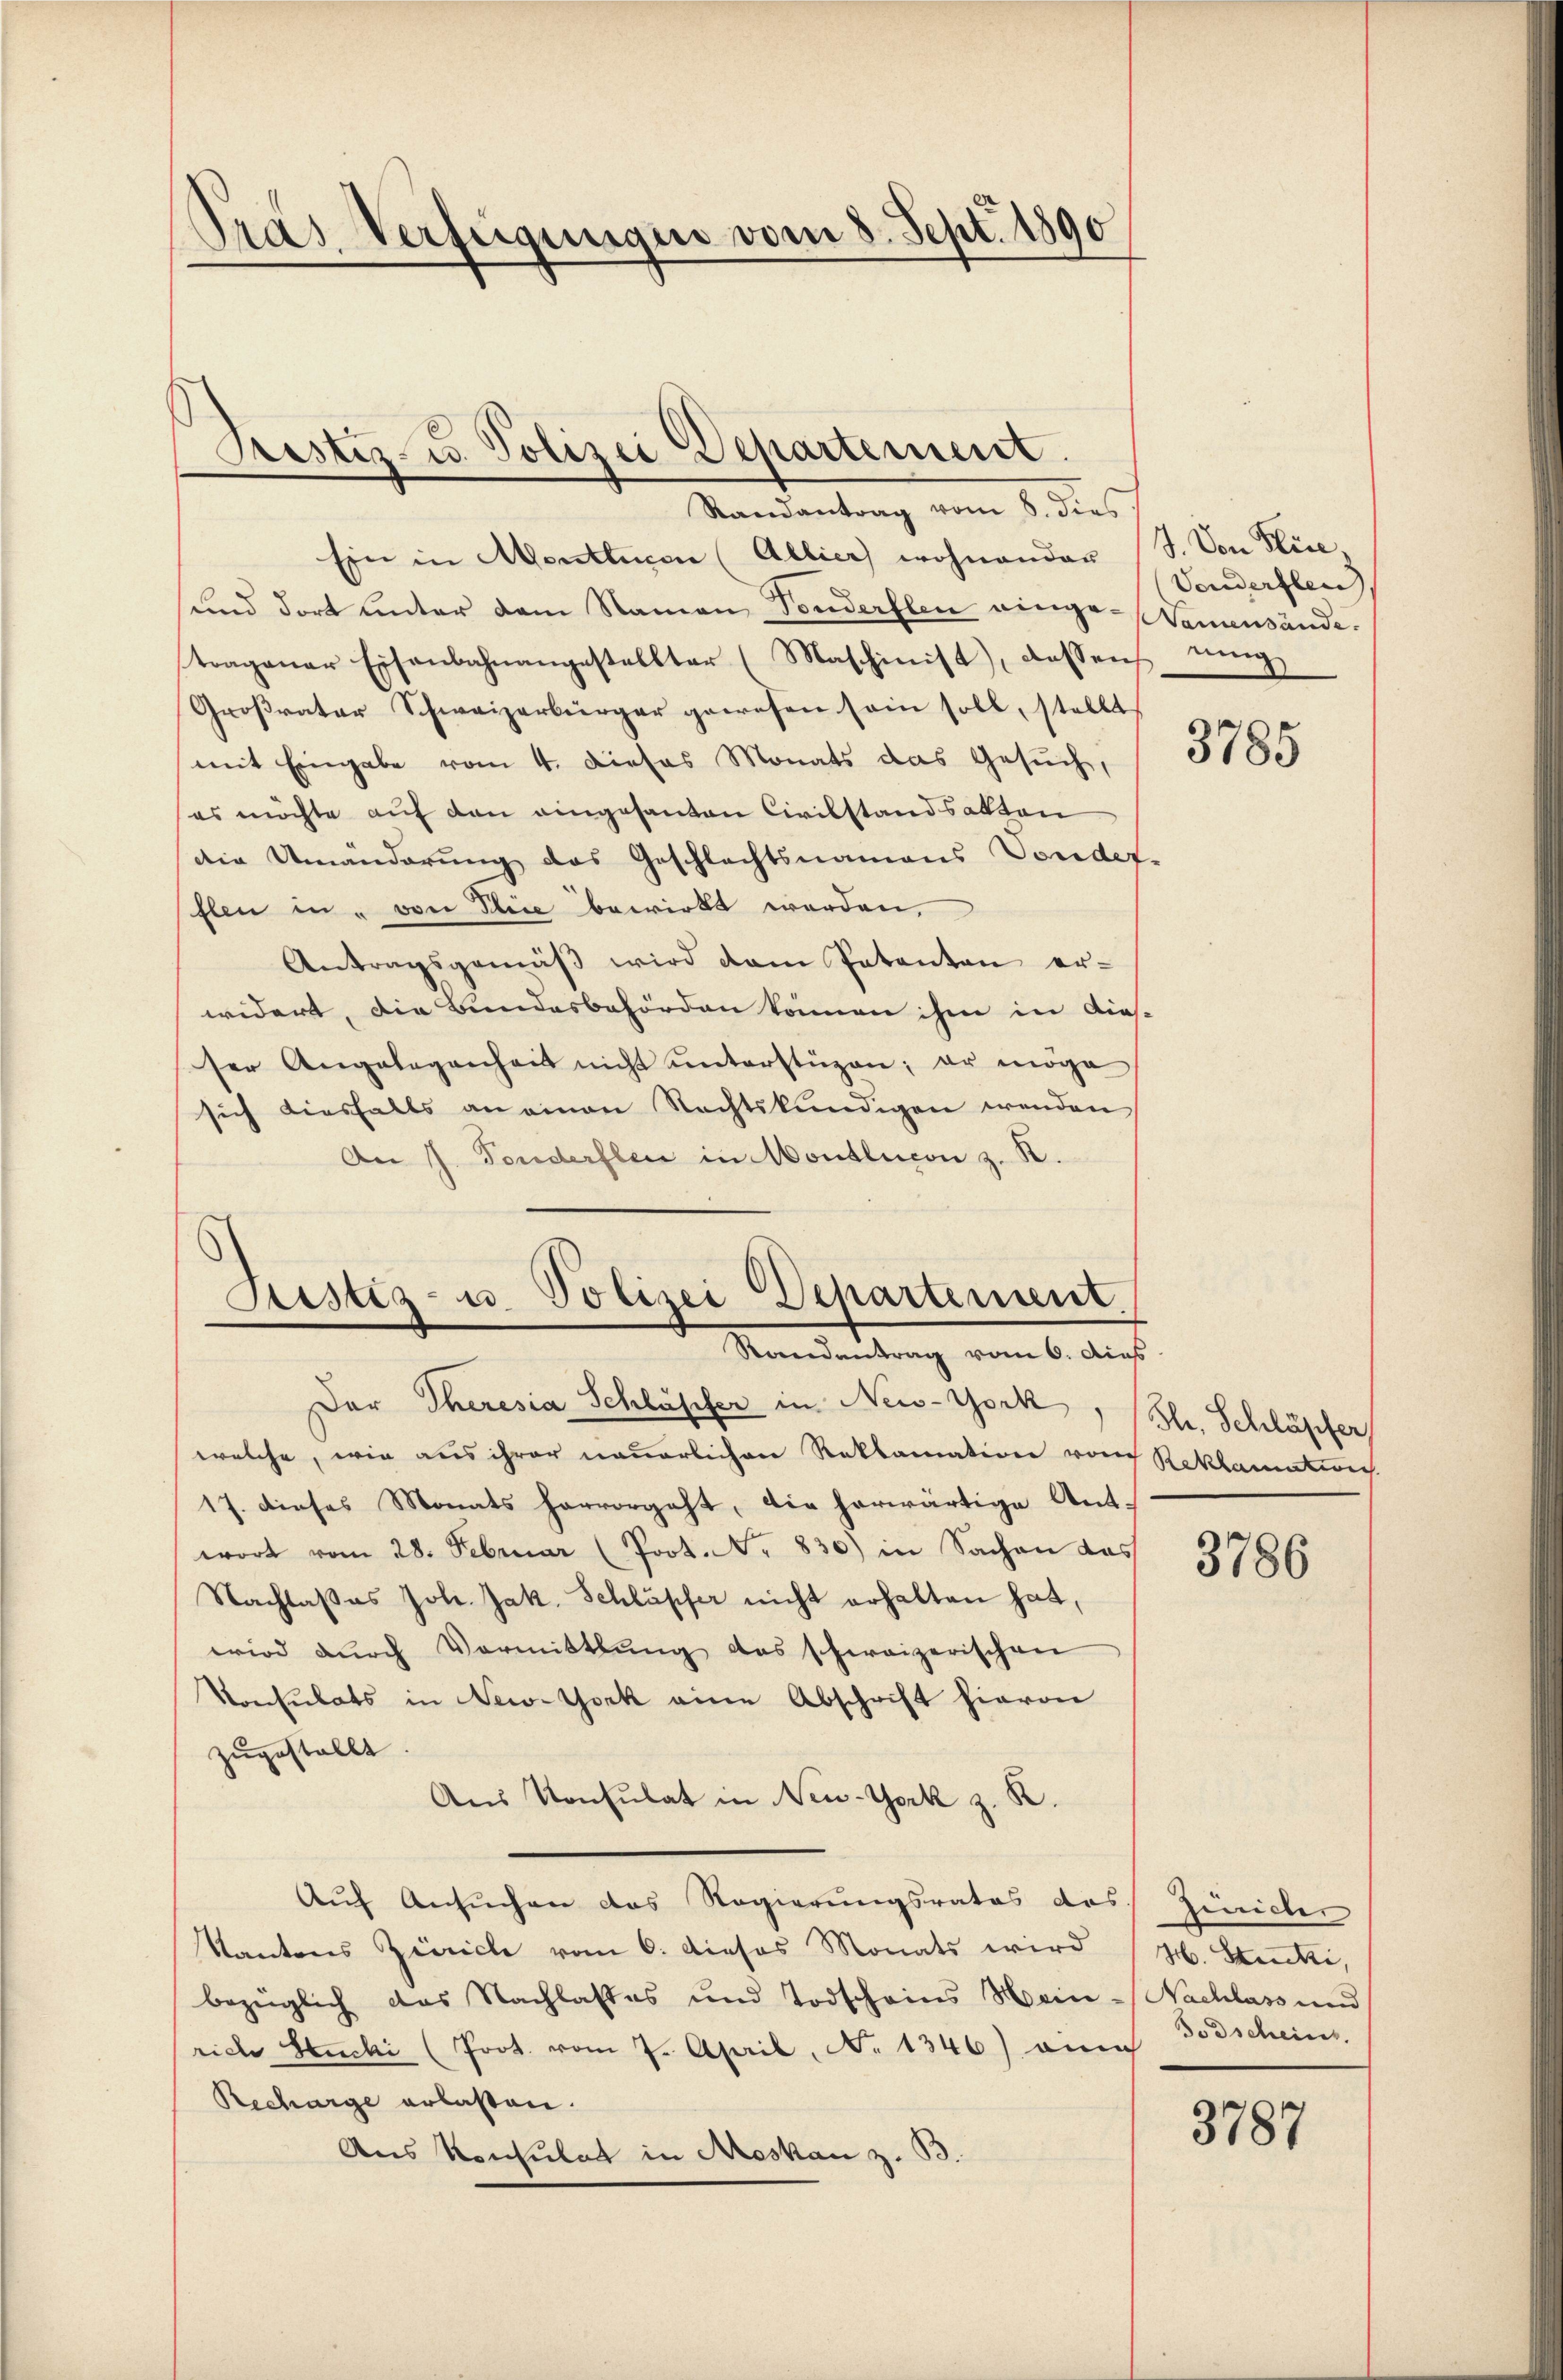
dras Verfügungen vom 8. Sept. 1890

(

Eine in entlicen (Allier wohnender J. Von Plice,
und dort unter dem Namen Tonderflen einge-Namensände.
tragener Eisenbahnangestellter (Maschinist, dassen eing
Großrater Schweizerbürger gewesen sein soll, stellt
mit Eingabe vom 4. dieses Monats das Gesuch,
(es möchte auf den eingesanten Civilstandsakten
die Umänderung das Geschlechtsnamens Vorder-
flen in " von Vice bewirkt werden,
Antragsgemäβ wird dem Patenten er-
widert, die Bundesbehörden können ihm in dies-
ser Angelegenheit nicht ŭnterstüzen; er möge
sich diesfalls an einen Rechtskundigen wenden
An J. Fonderflen in Montlucon z. B.
s

Prustiz- u. Polizei Departement.
Randantrag vom 8. dies

Justiz- u. Polizei Departement.
Randentrag vom 6. dies

Der Theresia Schlusser in New-York,
welche, wie aus ihrer neuerlichen Reklamation von Reklamation
17. dieses Monats hervorgeht, die herwärtige Antwort vom 28. Februar (Prot. Nr. 830) in Sachen das
Nachlaβes Joh. Jak. Schläpfer nicht erhalten hat,
wird dŭrch Vormittlung des schweizerischen
Konsulats in New-York eine Abschrift hievon
zugestellt
Aus Konsulat in New-York z. K.
Auf Ansuchen das Regierungsrates des Züricher
Kantons Zürich vom 6. dieses Monats wird
bezüglich das Nachlasses und Todschains Hein-Nachlass und
riche Stucki (Prot. vom 7. April, No 1346) ann
Recharge erlassen.
Aus Konsulat in Moskau z. B.

Vonderflen

3785

Ihr, Schläpfer,

3786

H. Stucki,
Todscheint.

3787